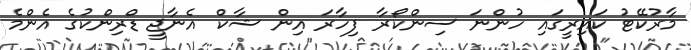
މާރުކޭޓު ކައިރީގައި ހުންނަ ސިންކޯރާ ފިހާރަ އިން ޝާކް އެނާޖީ ޑްރިންކުގެ އެންމެ